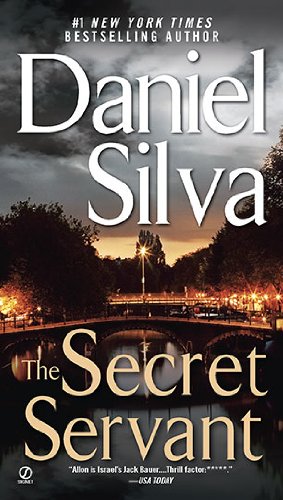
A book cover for The Secret Servant (Gabriel Allon); Daniel Silva; Mystery, Thriller & Suspense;